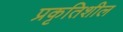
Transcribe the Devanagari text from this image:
प्रकृतिशील